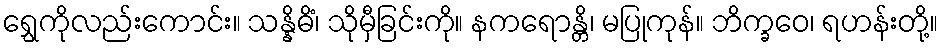
ရွှေကိုလည်းကောင်း။ သန္နိဓိံ၊ သိုမှီခြင်းကို။ နကရောန္တိ၊ မပြုကုန်။ ဘိက္ခဝေ၊ ရဟန်းတို့။